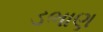
ડભાણ